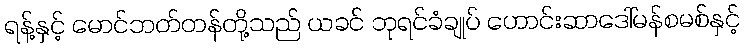
ရန့်နှင့် မောင်ဘတ်တန်တို့သည် ယခင် ဘုရင်ခံချုပ် ဟောင်းဆာဒေါ်မန်စမစ်နှင့်